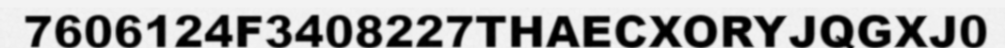
7606124F3408227THAECXORYJQGXJ0